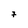
Character: 7